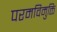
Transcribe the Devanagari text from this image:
परमविमुक्ति